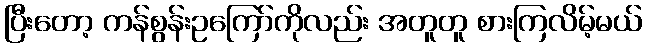
ပြီးတော့ ကန်စွန်းဥကြော်ကိုလည်း အတူတူ စားကြလိမ့်မယ်